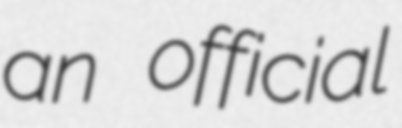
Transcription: an official